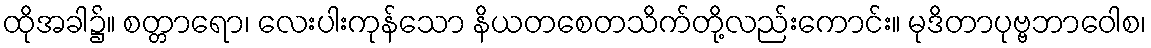
ထိုအခါ၌။ စတ္တာရော၊ လေးပါးကုန်သော နိယတစေတသိက်တို့လည်းကောင်း။ မုဒိတာပုဗ္ဗဘာဝေါစ၊